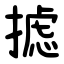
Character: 摅